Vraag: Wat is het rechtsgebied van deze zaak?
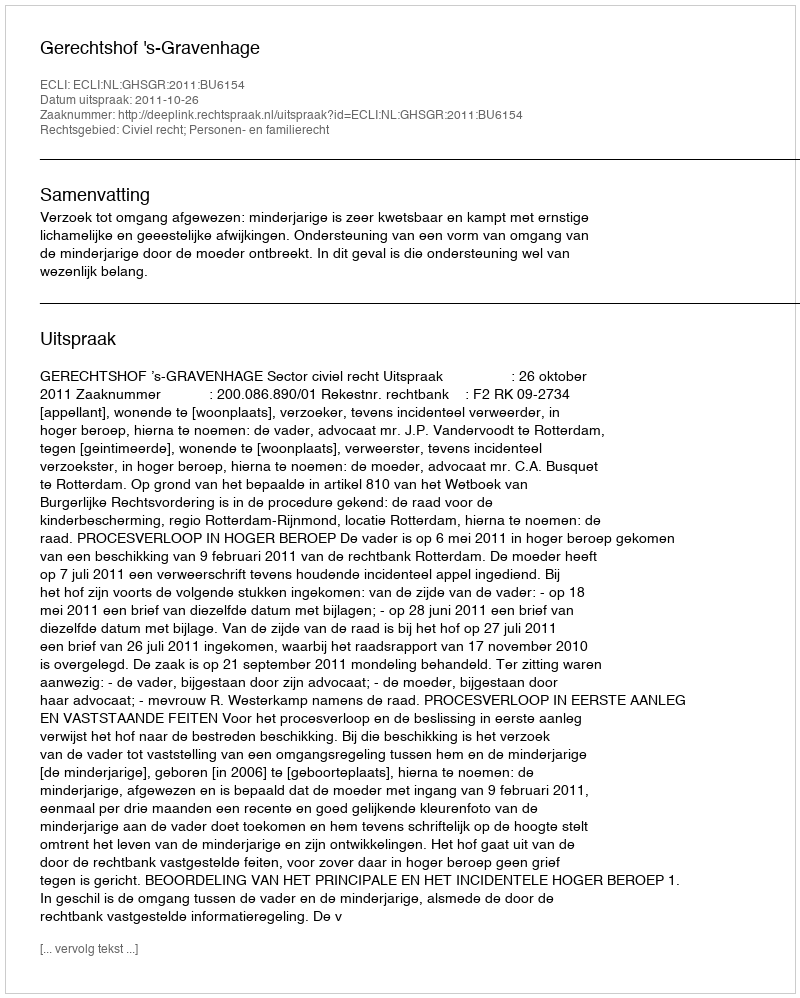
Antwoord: Civiel recht; Personen- en familierecht